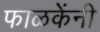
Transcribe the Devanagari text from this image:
फाळकेंनी